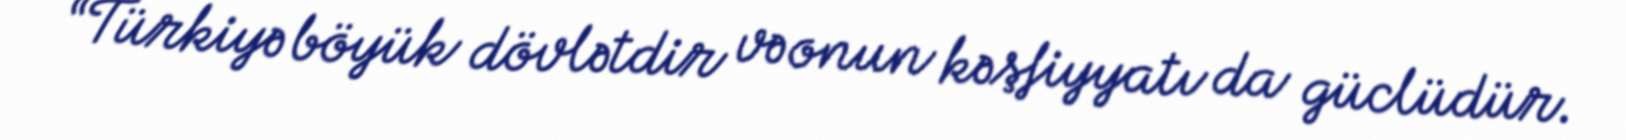
“Türkiyə böyük dövlətdir və onun kəşfiyyatı da güclüdür.